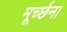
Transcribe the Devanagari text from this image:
मूर्च्छना